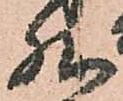
然